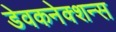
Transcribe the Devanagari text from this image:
डेवकनेक्शन्स